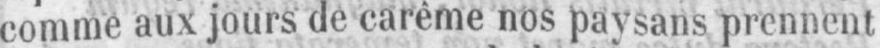
comme aux jours de carême nos paysans prennent